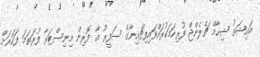
އައިޝަތު ޝިހާމް ޗެލެންޖް ފުރިހަމަކުރައްވައިފިޗައިނާގެ ސަފީރު އާ ފޮރިން މިނިސްޓަރާ ފުރަތަމަ ފަހަރަށް